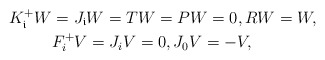
\begin{align*} K_{\mathfrak{i}}^+W&=J_{\mathfrak{i}}W=TW=PW=0, RW=W,\\&F_{i}^+V=J_{i}V=0,J_0V=-V,\end{align*}